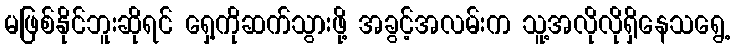
မဖြစ်နိုင်ဘူးဆိုရင် ရှေ့ကိုဆက်သွားဖို့ အခွင့်အလမ်းက သူ့အလိုလိုရှိနေသရွေ့